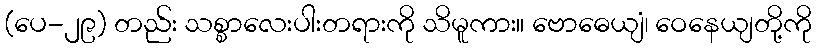
(ပေ-၂၉) တည်း သစ္စာလေးပါးတရားကို သိမူကား။ ဗောဓေယျံ၊ ဝေနေယျတို့ကို